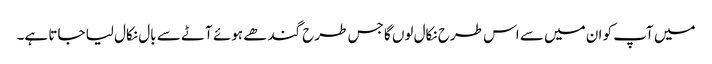
میں آپ کو ان میں سے اس طرح نکال لوں گا جس طرح گندھے ہوئے آٹے سے بال نکال لیا جاتا ہے۔